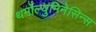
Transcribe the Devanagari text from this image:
थर्मोल्युमिनेसिन्स